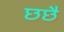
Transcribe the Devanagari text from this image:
छछै